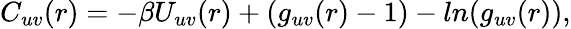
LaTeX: \begin{array}{r}{C_{uv}(r)=-\beta U_{uv}(r)+(g_{uv}(r)-1)-ln(g_{uv}(r)),}\end{array}